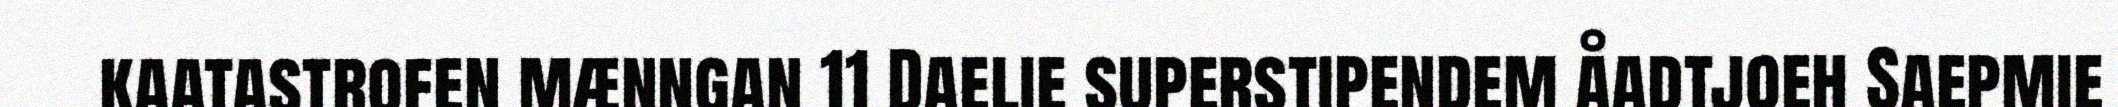
kaatastrofen mænngan 11 Daelie superstipendem åadtjoeh Saepmie